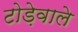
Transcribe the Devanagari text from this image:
टोड़ेवाले